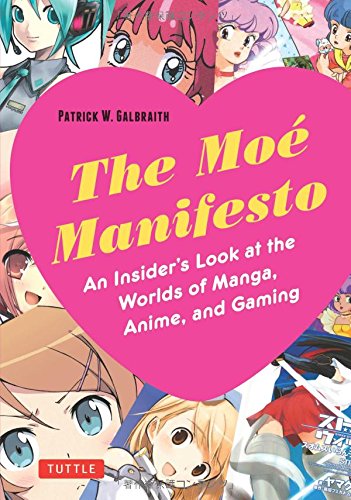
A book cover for The Moe Manifesto: An Insider's Look at the Worlds of Manga, Anime, and Gaming; Patrick W. Galbraith; Comics & Graphic Novels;